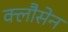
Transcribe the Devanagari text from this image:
क्लौसेन